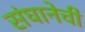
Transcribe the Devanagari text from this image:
संघानेची